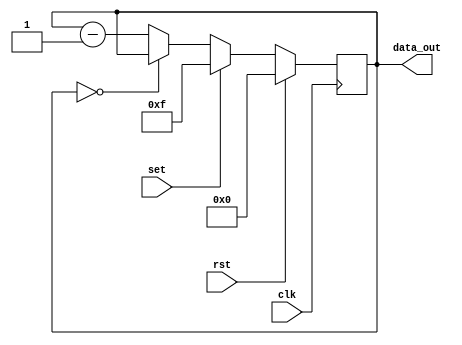
module counter 
(input clk, set, rst,
output reg [3 : 0] data_out);

//assign en = data_out[0] || data_out[1] || data_out[2] || data_out[3] || data_out[4];

always @(posedge clk) begin 

	if (rst == 1) begin 
		data_out <= 0;
	end else if (set == 1) begin 
		data_out <= 4'b1111;
	end else if (data_out == 0) begin 
		data_out <= data_out;
	end else begin
		data_out <= data_out - 1;
	end
		
end

endmodule